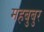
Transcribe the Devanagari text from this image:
महबुबुर